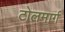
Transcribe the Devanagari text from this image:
टोलमार्ग